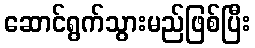
ဆောင်ရွက်သွားမည်ဖြစ်ပြီး